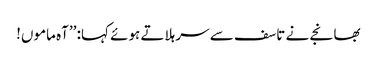
بھانجے نے تاسف سے سر ہلاتے ہوئے کہا: ’’آہ ماموں!